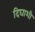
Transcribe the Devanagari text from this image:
दिघाशी